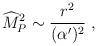
LaTeX: \begin{align*}{\widehat M}_P^2\sim {r^2\over(\alpha^\prime)^2}~,\end{align*}